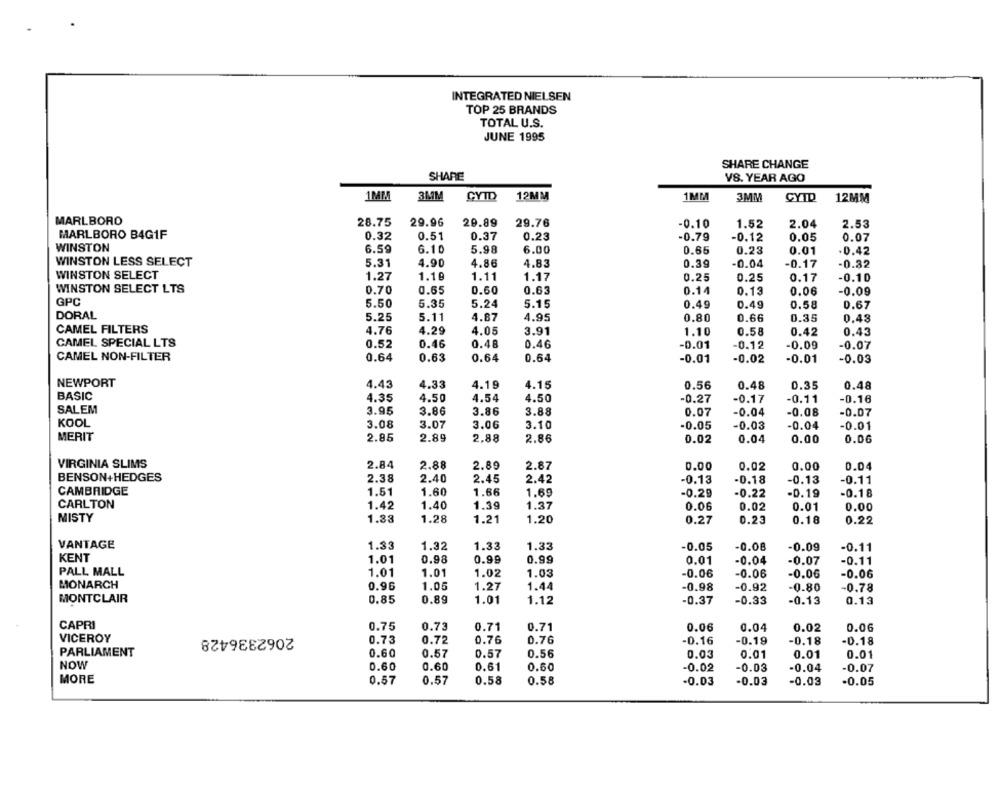
INTEGRATED NIELSEN
TOP 25 BRANDS
TOTAL U.S.
JUNE 1995
SHARE CHANGE
SHARE
VS. YEAR AGO
1MMMM
3MM
CYTD
12MM
1MM
3MM
CYTD
12MM
MARLBORO
28.75
29.96
29.89
29.76
-0.10
1.52
2.04
2.53
MARLBORO B4G1F
0.32
0.51
0.37
0.23
-0.79
-0.12
0.05
0.07
WINSTON
6.59
6.10
5.98
6.00
0.65
0.23
0.01
.0.42
WINSTON LESS SELECT
5.31
4.90
4.86
4.83
0.39
-0.04
-0.17
-0.32
WINSTON SELECT
1.27
1.19
1.11
1.17
0.25
0.25
0.17
-0.10
WINSTON SELECT LTS
0.70
0.65
0.60
0.63
0.14
0.13
0.06
-0.09
GPC
5.50
5.35
5.24
5.15
0.49
0.49
0.58
0.67
DORAL
5.25
5.11
4.87
4.95
0.80
0.66
0.35
0.48
CAMEL FILTERS
4.76
4.29
4.05
3.91
1.10
0.58
0.42
0.43
CAMEL SPECIAL LTS
0.52
0.46
0.48
0.46
-0.01
-0.12
-0.09
-0.07
CAMEL NON-FILTER
0.63
0.64
0.64
0.64
-0.01
-0.02
-0.01
-0.03
NEWPORT
4.43
4.33
4.19
4.15
0.56
0.48
0.35
0.48
BASIC
4.35
4.50
4.54
4.50
-0.27
-0.17
-0.11
-0.16
SALEM
3.95
3.86
3.86
3.88
0.07
-0.08
-0.07
-0.04
KOOL
3.08
3.07
3.06
3.10
-0.05
-0.03
-0.04
-0.01
MERIT
2.85
2.89
2.88
2.86
0.02
0.04
0.00
0.06
VIRGINIA SLIMS
2.84
2.88
2.89
2.87
0.00
0.02
0.00
0.04
BENSON+HEDGES
2.38
2.40
2.45
2.42
-0.13
-0.18
-0.13
-0.11
CAMBRIDGE
1.51
1.60
1.66
1.69
-0.29
-0.22
-D.19
-0.18
CARLTON
1.42
1.40
1.39
1.37
0.06
0.02
0.01
0.00
MISTY
1.33
1.28
1.21
1.20
0.27
0.23
0.18
0.22
VANTAGE
1.33
1.32
1.33
1.33
-0.05
-0.08
-0.09
-0.11
KENT
1.01
0.98
0.99
0.99
0.01
-0.04
-0.07
-0.11
PALL MALL
1.01
1.01
1.02
1.03
-0.06
-0.06
-0.06
-0.06
MONARCH
1.05
1.44
0.96
1.27
-0.98
-0.92
-0.80
-0.78
MONTCLAIR
0.85
0.89
1.01
1.12
-0.37
-0.33
-0.13
0.13
CAPRI
0.75
2062336428
0.73
0.71
0.71
0.06
0.04
0.02
0.06
VICEROY
0.73
0.72
0.76
0.76
-0.16
-0.19
-0.18
-D.18
PARLIAMENT
0.60
0.57
0.57
0.56
0.03
0.01
0.01
0.01
NOW
0.60
0.60
0.61
0.60
-0.02
-0.03
-0.04
-0.07
MORE
0.57
0.57
0.58
0.58
-0.03
-0.03
-0.03
-0.05